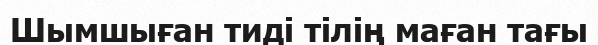
Шымшыған тиді тілің маған тағы